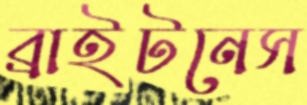
ব্রাইটনেস